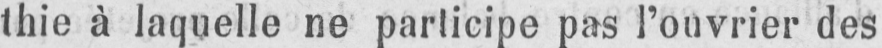
thie à laquelle ne participe pas l’ouvrier des